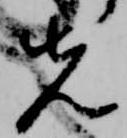
先